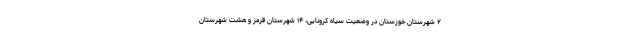
۲ شهرستان خوزستان در وضعیت سیاه کرونایی، ۱۴ شهرستان قرمز و هشت شهرستان